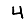
Digit: 4